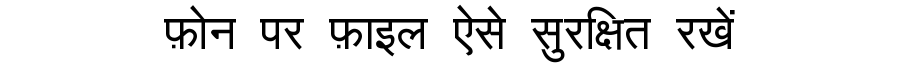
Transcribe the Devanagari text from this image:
फ़ोन पर फ़ाइल ऐसे सुरक्षित रखें